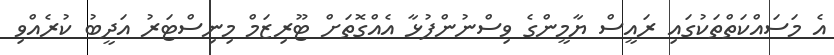
އެ މަސައްކަތްތަކުގައި ރައީސް ޔާމީންގެ ވިސްނުންފުޅާ އެއްގޮތަށް ޓޫރިޒަމް މިނިސްޓަރު އަދީބު ކުރެއްވި